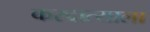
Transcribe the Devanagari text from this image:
करदात्याला